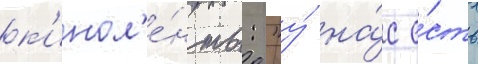
к'инол'е́нты: "у́ на́с е́сть